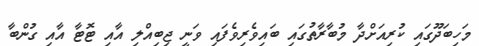
މަހިބަދޫގައި ކުރިއަށްދާ މުބާރާތުގައި ބައިވެރިވެފައި ވަނީ ޖިބިއްލި އާއި ޓޮޓާ އާއި ގުންބާ